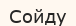
Сойду